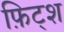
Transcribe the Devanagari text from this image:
फ़िट्श